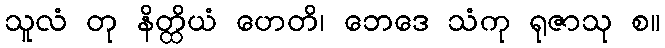
သူလံ တု နိတ္ထိယံ ဟေတိ၊ ဘေဒေ သံကု ရုဇာသု စ။